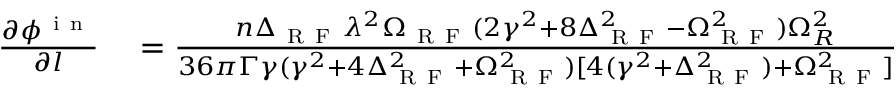
\begin{array} { r l } { \frac { \partial \phi ^ { \mathrm { ~ i ~ n ~ } } } { \partial l } } & { { } = \frac { n \Delta _ { \mathrm { ~ R ~ F ~ } } \lambda ^ { 2 } \Omega _ { \mathrm { ~ R ~ F ~ } } ( 2 \gamma ^ { 2 } + 8 \Delta _ { \mathrm { ~ R ~ F ~ } } ^ { 2 } - \Omega _ { \mathrm { ~ R ~ F ~ } } ^ { 2 } ) \Omega _ { R } ^ { 2 } } { 3 6 \pi \Gamma \gamma ( \gamma ^ { 2 } + 4 \Delta _ { \mathrm { ~ R ~ F ~ } } ^ { 2 } + \Omega _ { \mathrm { ~ R ~ F ~ } } ^ { 2 } ) [ 4 ( \gamma ^ { 2 } + \Delta _ { \mathrm { ~ R ~ F ~ } } ^ { 2 } ) + \Omega _ { \mathrm { ~ R ~ F ~ } } ^ { 2 } ] } } \end{array}